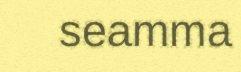
seamma